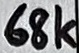
Text: 68k